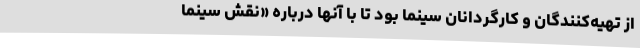
از تهیه‌کنندگان و کارگردانان سینما بود تا با آنها درباره «نقش سینما